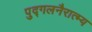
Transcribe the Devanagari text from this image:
पुद्गलनैरात्म्य